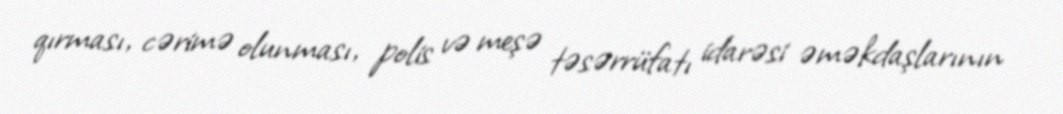
qırması, cərimə olunması, polis və meşə təsərrüfatı idarəsi əməkdaşlarının